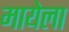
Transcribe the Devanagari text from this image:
मायेला